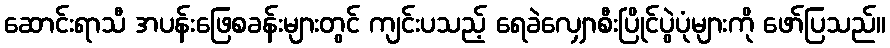
ဆောင်းရာသီ အပန်းဖြေစခန်းများတွင် ကျင်းပသည့် ရေခဲလျှောစီးပြိုင်ပွဲပုံများကို ဖော်ပြသည်။